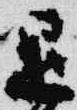
退